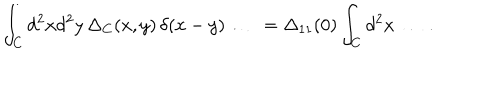
\int _ { C } d ^ { 2 } x d ^ { 2 } y \, \Delta _ { C } ( x , y ) \, \delta ( x - y ) \ldots \; \, = \Delta _ { 1 1 } ( 0 ) \int _ { C } d ^ { 2 } x \, \ldots \, .